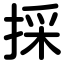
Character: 採